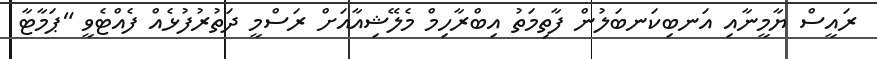
ރައީސް ޔާމީނާއި އަނބިކަނބަލުން ފާތިމަތު އިބްރާހިމް މެލޭޝިއާއަށް ރަސްމީ ދަތުރުފުޅެއް ފެއްޓެވީ "ޕަމާޓާ